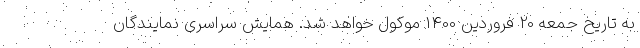
به تاریخ جمعه 20 فروردین 1400 موکول خواهد شد. همایش سراسری نمایندگان